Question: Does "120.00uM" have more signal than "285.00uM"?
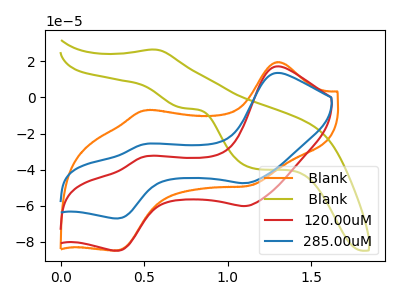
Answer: <think>The orange curve " Blank" has anodic peaks at (1.30V, 19.60uA) (0.50V, -7.10uA) and cathodic peaks at (1.15V, -48.80uA) (0.35V, -84.75uA). The olive curve " Blank" has an anodic peak at (0.55V, 26.55uA) and cathodic peaks at (0.75V, -5.90uA) (1.15V, -39.50uA). The red curve "120.00uM" has anodic peaks at (1.30V, 17.15uA) (0.50V, -32.95uA) and cathodic peaks at (1.10V, -60.10uA) (0.35V, -84.85uA). The blue curve "285.00uM" has anodic peaks at (1.30V, 13.55uA) (0.50V, -26.00uA) and cathodic peaks at (1.10V, -47.45uA) (0.35V, -66.95uA).
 All the peaks in "120.00uM" have a peak in "285.00uM" at the same potential.</think>
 <answer>I cant tell if "120.00uM" or "285.00uM" has more signal.</answer>
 <eval>mixed_signal</eval>